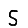
Digit: 5